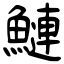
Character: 鰱